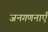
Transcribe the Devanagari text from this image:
जनगणनाएँ